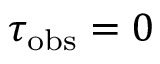
\tau _ { \mathrm { o b s } } = 0